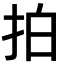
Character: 拍